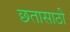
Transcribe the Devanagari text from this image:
छतासाठी